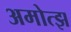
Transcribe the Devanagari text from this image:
अमोत्झ